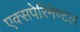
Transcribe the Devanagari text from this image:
एक्सपेरिमेण्टल